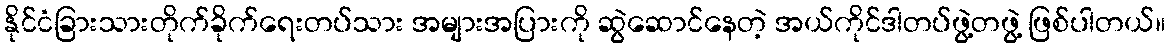
နိုင်ငံခြားသားတိုက်ခိုက်ရေးတပ်သား အများအပြားကို ဆွဲဆောင်နေတဲ့ အယ်ကိုင်ဒါတပ်ဖွဲ့တဖွဲ့ ဖြစ်ပါတယ်။